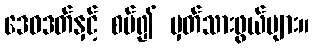
ဒေဝဒတ်နှင့် စပ်၍ မှတ်သားဖွယ်များ။